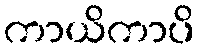
ကာယိကာပိ